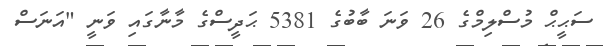
ސަޙީޙް މުސްލިމްގެ 26 ވަނަ ބާބުގެ 5381 ޙަދީސްގެ މާނާގައި ވަނީ "އަނަސް